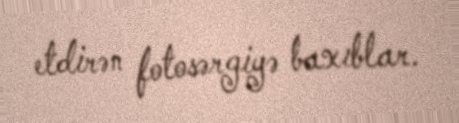
etdirən fotosərgiyə baxıblar.